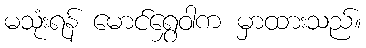
မသုံးရန် မောင်ရွှေဝါက မှာထားသည်။